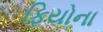
ફિયોના